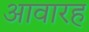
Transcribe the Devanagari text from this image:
आवारह